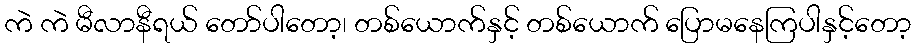
ကဲ ကဲ မီလာနီရယ် တော်ပါတော့၊ တစ်ယောက်နှင့် တစ်ယောက် ပြောမနေကြပါနှင့်တော့